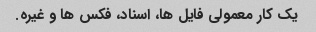
یک کار معمولی فایل ها، اسناد، فکس ها و غیره.